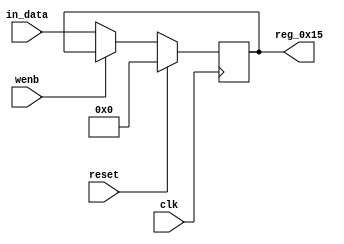
module r_FAULT_STATUS_MASK(output reg [7:0] reg_0x15, input wire reset, input wire wenb, input wire [7:0] in_data, input wire clk);
	always@(posedge clk)
	begin
		if(reset==0) begin
			if(wenb==0)
				reg_0x15<=in_data;
			else
				reg_0x15<=reg_0x15;
		end
		else
			reg_0x15<=8'h00;
	end
endmodule